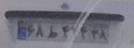
۶۸ط۴۶۴۲۸